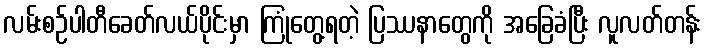
လမ်းစဉ်ပါတီခေတ်လယ်ပိုင်းမှာ ကြုံတွေ့ရတဲ့ ပြဿနာတွေကို အခြေခံပြီး လူလတ်တန်း